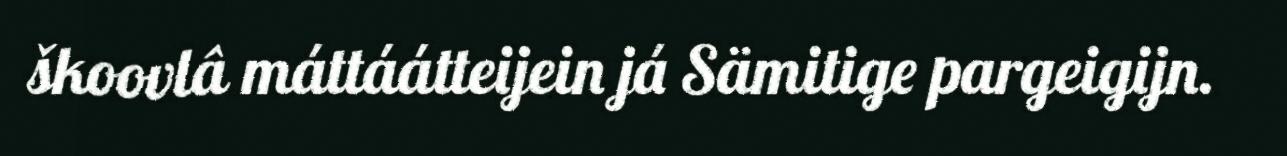
škoovlâ máttáátteijein já Sämitige pargeigijn.